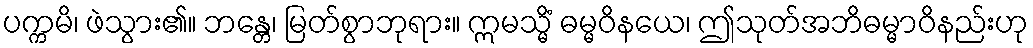
ပက္ကမိ၊ ဖဲသွား၏။ ဘန္တေ၊ မြတ်စွာဘုရား။ ဣမသ္မိံ ဓမ္မဝိနယေ၊ ဤသုတ်အဘိဓမ္မာဝိနည်းဟု